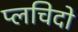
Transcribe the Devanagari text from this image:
प्लचिदो